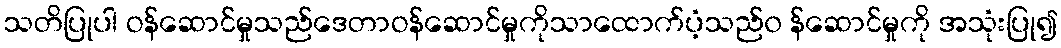
သတိပြုပါ ဝန်ဆောင်မှုသည်ဒေတာဝန်ဆောင်မှုကိုသာထောက်ပံ့သည်၀ န်ဆောင်မှုကို အသုံးပြု၍